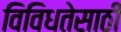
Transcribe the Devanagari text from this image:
विविधतेसाठी